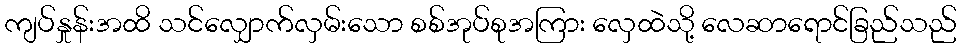
ကျပ်နှုန်းအထိ သင်လျှောက်လှမ်းသော စစ်အုပ်စုအကြား လှေထဲသို့ လေဆာရောင်ခြည်သည်